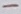
Text: -